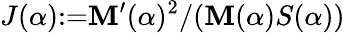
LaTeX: J(\alpha){:=}\mathbf{M}^{\prime}(\alpha)^{2}/(\mathbf{M}(\alpha)S(\alpha))